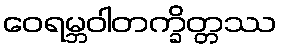
ဝေရမ္ဘဝါတက္ခိတ္တဿ